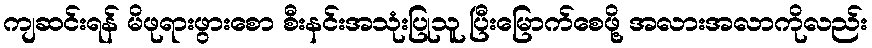
ကျဆင်းရန် မိဖုရားဖွားစော စီးနင်းအသုံးပြုသူ ပြီးမြောက်စေဖို့ အလားအလာကိုလည်း